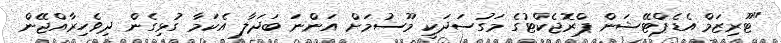
"ޓޫރިޒަމް އެޑެޕްޓޭޝަން ޕްރޮޖެކްޓުގެ މަގުސަދަކީ މޫސުމަށް އަންނަ ބަދަލާ އެކަމާ ގުޅިގެން ދިވެހިރާއްޖޭން